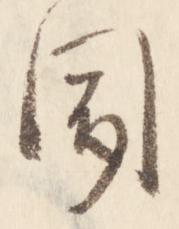
聞